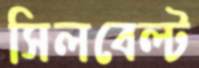
সিলবেল্ট